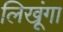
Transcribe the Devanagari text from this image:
लिखूंगा